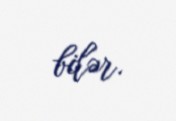
bilər.